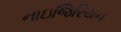
નાઇજિરિયન